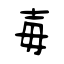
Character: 毐